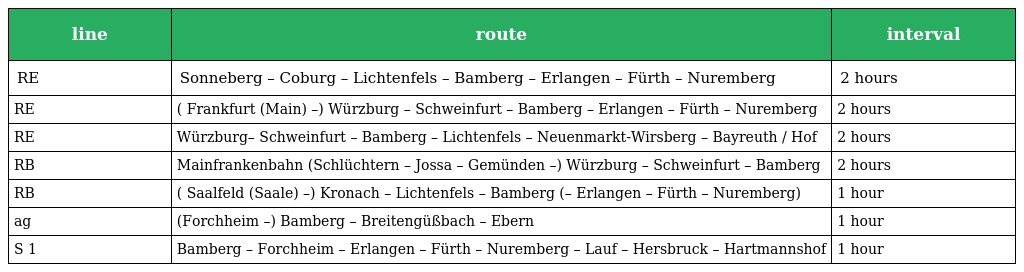
| line | route | interval |
 | --- | --- | --- |
 | RE | Sonneberg – Coburg – Lichtenfels – Bamberg – Erlangen – Fürth – Nuremberg | 2 hours |
 | RE | ( Frankfurt (Main) –) Würzburg – Schweinfurt – Bamberg – Erlangen – Fürth – Nuremberg | 2 hours |
 | RE | Würzburg– Schweinfurt – Bamberg – Lichtenfels – Neuenmarkt-Wirsberg – Bayreuth / Hof | 2 hours |
 | RB | Mainfrankenbahn (Schlüchtern – Jossa – Gemünden –) Würzburg – Schweinfurt – Bamberg | 2 hours |
 | RB | ( Saalfeld (Saale) –) Kronach – Lichtenfels – Bamberg (– Erlangen – Fürth – Nuremberg) | 1 hour |
 | ag | (Forchheim –) Bamberg – Breitengüßbach – Ebern | 1 hour |
 | S 1 | Bamberg – Forchheim – Erlangen – Fürth – Nuremberg – Lauf – Hersbruck – Hartmannshof | 1 hour |